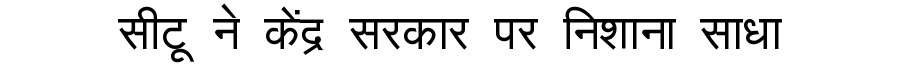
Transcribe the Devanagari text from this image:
सीटू ने केंद्र सरकार पर निशाना साधा